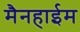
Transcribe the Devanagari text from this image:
मैनहाईम